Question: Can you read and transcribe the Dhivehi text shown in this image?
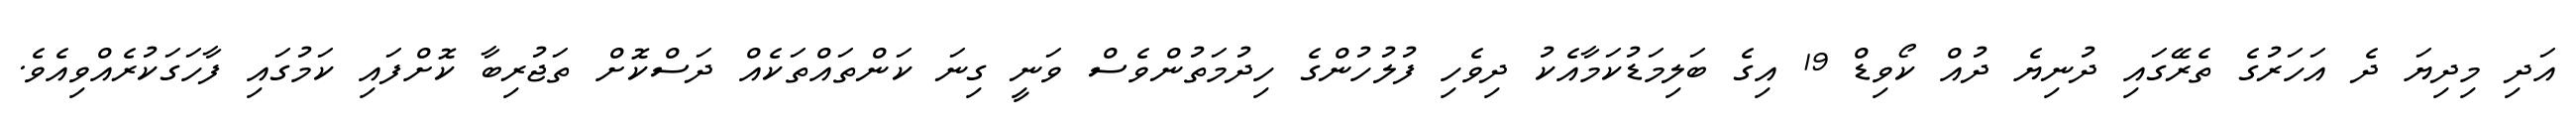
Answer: އަދި މިދިޔަ ދެ އަހަރުގެ ތެރޭގައި ދުނިޔެ ދުއް ކޯވިޑް 19 އިގެ ބަލިމަޑުކަމާއެކު ދިވެހި ފުލުހުންގެ ހިދުމަތުންވެސް ވަނީ ގިނަ ކަންތައްތަކެއް ދަސްކޮށް ތަޖުރިބާ ކޮށްފައި ކަމުގައި ފާހަގަކުރެއްވިއެވެ.